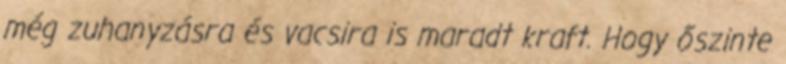
még zuhanyzásra és vacsira is maradt kraft. Hogy őszinte